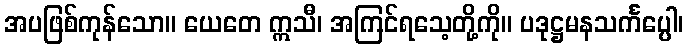
အပဖြစ်ကုန်သော။ ယေတေ ဣသီ၊ အကြင်ရသေ့တို့ကို။ ပဒုဋ္ဌမနသင်္ကပ္ပေါ၊